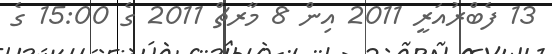
13 ފެބްރުއަރީ 2011 އިން 8 މާރޗް 2011 ގެ 15:00 ގެ